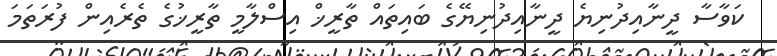
ކަވާސާ ދީނާއިދުނިޔެ ދީނާއިދުނިޔޭގެ ބައިތައް ތާރީޚް އިސްލާމީ ތާރީޚުގެ ތެރެއިން ފުރަތަމަ